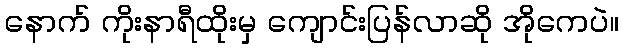
နောက် ကိုးနာရီထိုးမှ ကျောင်းပြန်လာဆို အိုကေပဲ။